Annual report on the working of the mental hospitals in the Madras Presidency - 1912-1932
Year: 1912
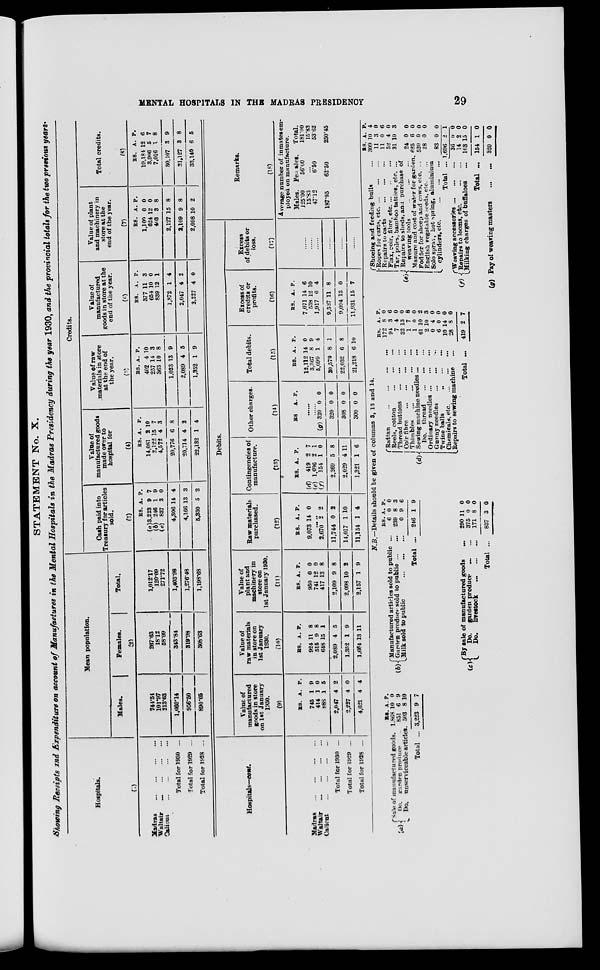
MENTAL HOSPITALS IN THE MADRAS PRESIDENCY
29
STATEMENT No. X.
Showing Receipts and Expenditure on account of Manufactures in the Mental Hospitals in the Madras Presidency during the year 1930, and the provincial totals for the two previous years.
Hospitals.
(1)
Madras
...
...
...
...
Waltair
...
...
...
...
Calicut
...
...
...
...
Total for 1930 ...
Total for 1929 ...
Total for 1928 ...
Mean population.
Males.
Females.
Total.
(2)
744.54
101.97
213.63
1,060.14
956.50
890.05
287.63
18.12
58.09
343.84
319.98
308.63
1,012.17
120.09
271.72
1,403.98
1,276.48
1,198.68
Credits.
Cash paid into
Treasury for articles
sold.
(3)
RS.
(a)3,223
(b) 246
(c) 837
4,306
4,166
5,330
A.
9
1
3
14
13
5
P.
7
9
0
4
3
2
Value of
manufactured goods
made over to
hospital for
(4)
RS.
14,081
2,122
4,572
20,776
20,714
22,132
A.
2
15
4
6
4
1
P.
10
7
3
8
2
4
Value of raw
materials in store
at the end of
the year.
(5)
RS.
402
257
363
1,023
2,089
1,352
A.
4
14
10
13
4
1
P.
10
3
8
9
5
9
Value of
manufactured
goods in store at the
end of the year.
(6)
RS.
377
654
839
1,872
2,047
2,227
A.
11
10
12
1
4
4
P.
3
0
1
4
2
0
Value of plant
and machinery in
store at the
end of the year.
(7)
RS.
1,100
624
403
2,127
2,109
2,098
A.
0
12
3
15
9
10
P.
0
0
8
8
8
2
Total credits.
(8)
RS.
19,184
3,906
7,016
30,107
31,127
33,140
A.
12
5
1
3
3
6
P.
6
7
8
9
8
5
Hospitals—cont.
Madras ... ... ... ...
Waltair ... ... ... ...
Calicut ... ... ... ...
Total for 1930 ...
Total for 1929 ...
Total for 1928 ...
Debits.
Value of
manufactured
goods in store
on 1st January
1930.
(9)
RS.
745
414
888
2,047
2,227
4,621
A.
1
1
1
4
4
4
P.
9
0
5
2
0
4
Value of
raw materials
in store on
1st January
1930.
(10)
RS.
924
515
648
2,089
1.352
1,664
A.
11
9
15
4
1
13
P.
8
8
1
5
9
11
Value of
plant and
machinery in
store on
1st January 1930.
(11)
RS.
950
741
417
2,109
2,098
2,157
A.
0
12
13
9
10
1
P.
0
0
8
8
2
9
Raw materials
purchased.
(12)
RS.
9,073
A.
14
P.
0
......
2,670
11,744
14,017
11,154
2
0
1
1
2
2
10
4
Contingencies of
manufacture.
(13)
RS.
(d)
419
(e) 1,696
(f)
154
2,269
2,029
1,321
A.
2
2
1
5
4
1
P.
7
1
0
8
11
6
Other charges.
(14)
RS
A. P.
......
......
(g) 320
320
308
300
0
0
0
0
0
0
0
0
Total debits.
(15)
RS.
12,112
3,367
5,099
20,579
22,032
21,218
A.
14
8
1
8
6
6
P.
0
9
4
1
8
10
Excess of
credits or
profits.
(16)
RS.
7,071
538
1,917
9,537
9,094
11,931
A.
14
12
0
11
13
15
P.
6
10
4
8
0
7
Excess
of debits or
loss.
(17)
......
......
......
......
......
......
Remarks.
(18)
Average number of inmates em-
ployed on manufacture.
Males.
125.00
15.83
47.12
187.95
Females.
56.00
...
6.50
62.50
Total.
181.00
15.83
53.62
250.45
N.B.— Details should be given of columns 3, 13 and 14.
(a) Sale of manufactured goods.
Do. garden produce ...
Do. unserviceable articles.
Total ...
RS.
1,868
851
503
3,223
A.
10
6
8
9
P.
0
9
10
7
(b)
Manufactured articles sold to public ...
Garden produce sold to public ... ...
Milk sold to public ... ... ...
Total ...
(c)
By sale of manufactured goods ...
Do.
garden produce ... ...
Do.
Livestock
...
...
...
Total ...
RS.
6
239
0
246
290
375
171
837
A.
0
8
9
1
11
0
8
3
P.
0
3
6
9
0
0
0
0
(d)
Rattan
...
...
...
...
Reels, cotton
...
...
...
Thread buttons
...
...
...
Coir fibre
...
...
...
...
Thimbles
...
...
...
...
Sewing machine needles ... ...
Do. thread
...
...
...
Ordinary needles
...
...
...
Gunny needles ... ... ...
Twine balls
...
...
...
Chemicals, etc.
...
...
...
Repairs to sewing machine ...
Total ...
RS.
172
94
7
32
1
1
61
2
0
6
10
28
419
A.
8
3
4
13
7
0
10
10
4
0
14
8
2
P.
0
6
0
0
8
0
2
3
0
0
0
0
7
(e)
Shoeing and feeding bulls ...
Ropes for carts, etc. ... ... ...
Repairs to carts
...
...
...
Flax, coir, fibre, etc. ... ... ...
Tar, poles, bamboo tatties, etc. ...
Repairs to sheds, and purchase of
weaving tools
...
...
...
Manure and cost of water for garden.
Fodder for sheep and cows, etc. ...
English vegetable seeds, etc. ...
Solo sprav, hot spring, aluminium
cylinders, etc.
...
...
...
Total ...
(f)
Weaving accessories
...
...
...
Repairs to looms, etc.
...
...
Milking charges of buffaloes ...
Total ...
(g) Pay of wearing masters
...
...
RS.
309
11
11
52
31
24
625
520
28
83
1,696
36
14
103
154
320
A
10
3
0
4
10
0
6
0
0
0
2
0
2
15
1
0
P.
4
0
6
0
3
0
0
0
0
0
1
0
0
0
0
0